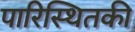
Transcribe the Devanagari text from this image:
पारिस्थितकी